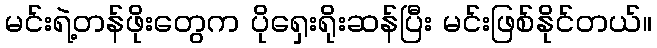
မင်းရဲ့တန်ဖိုးတွေက ပိုရှေးရိုးဆန်ပြီး မင်းဖြစ်နိုင်တယ်။